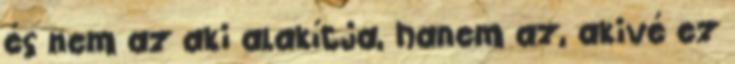
és nem az aki alakítja, hanem az, akivé ez